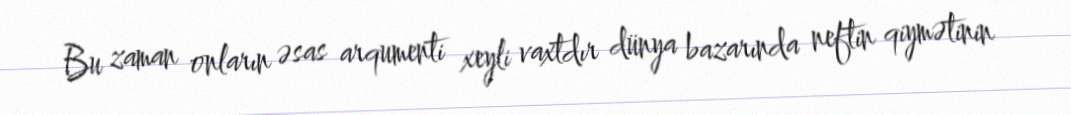
Bu zaman onların əsas arqumenti xeyli vaxtdır dünya bazarında neftin qiymətinin